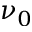
\nu _ { 0 }